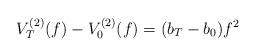
LaTeX: \begin{align*}V^{(2)}_T(f) - V^{(2)}_0 (f) = (b_T - b_0) f^2\end{align*}